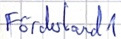
Text: Förderband1